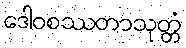
ဒေါဝစဿတာသုတ္တံ